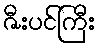
ဇီးပင်ကြီး